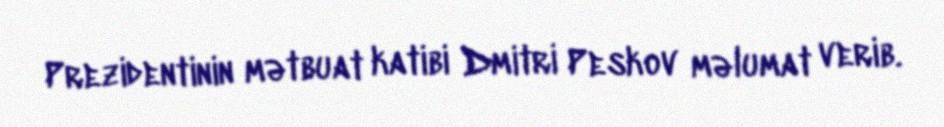
Prezidentinin mətbuat katibi Dmitri Peskov məlumat verib.